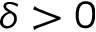
\delta > 0